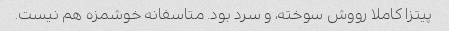
پیتزا کاملا رووش سوخته، و سرد بود. متاسفانه خوشمزه هم نیست.